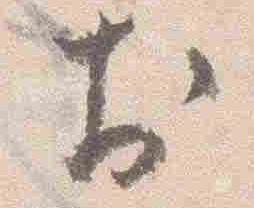
於